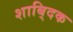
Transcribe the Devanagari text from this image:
शाबि्दक